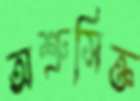
অশ্রুসিক্ত